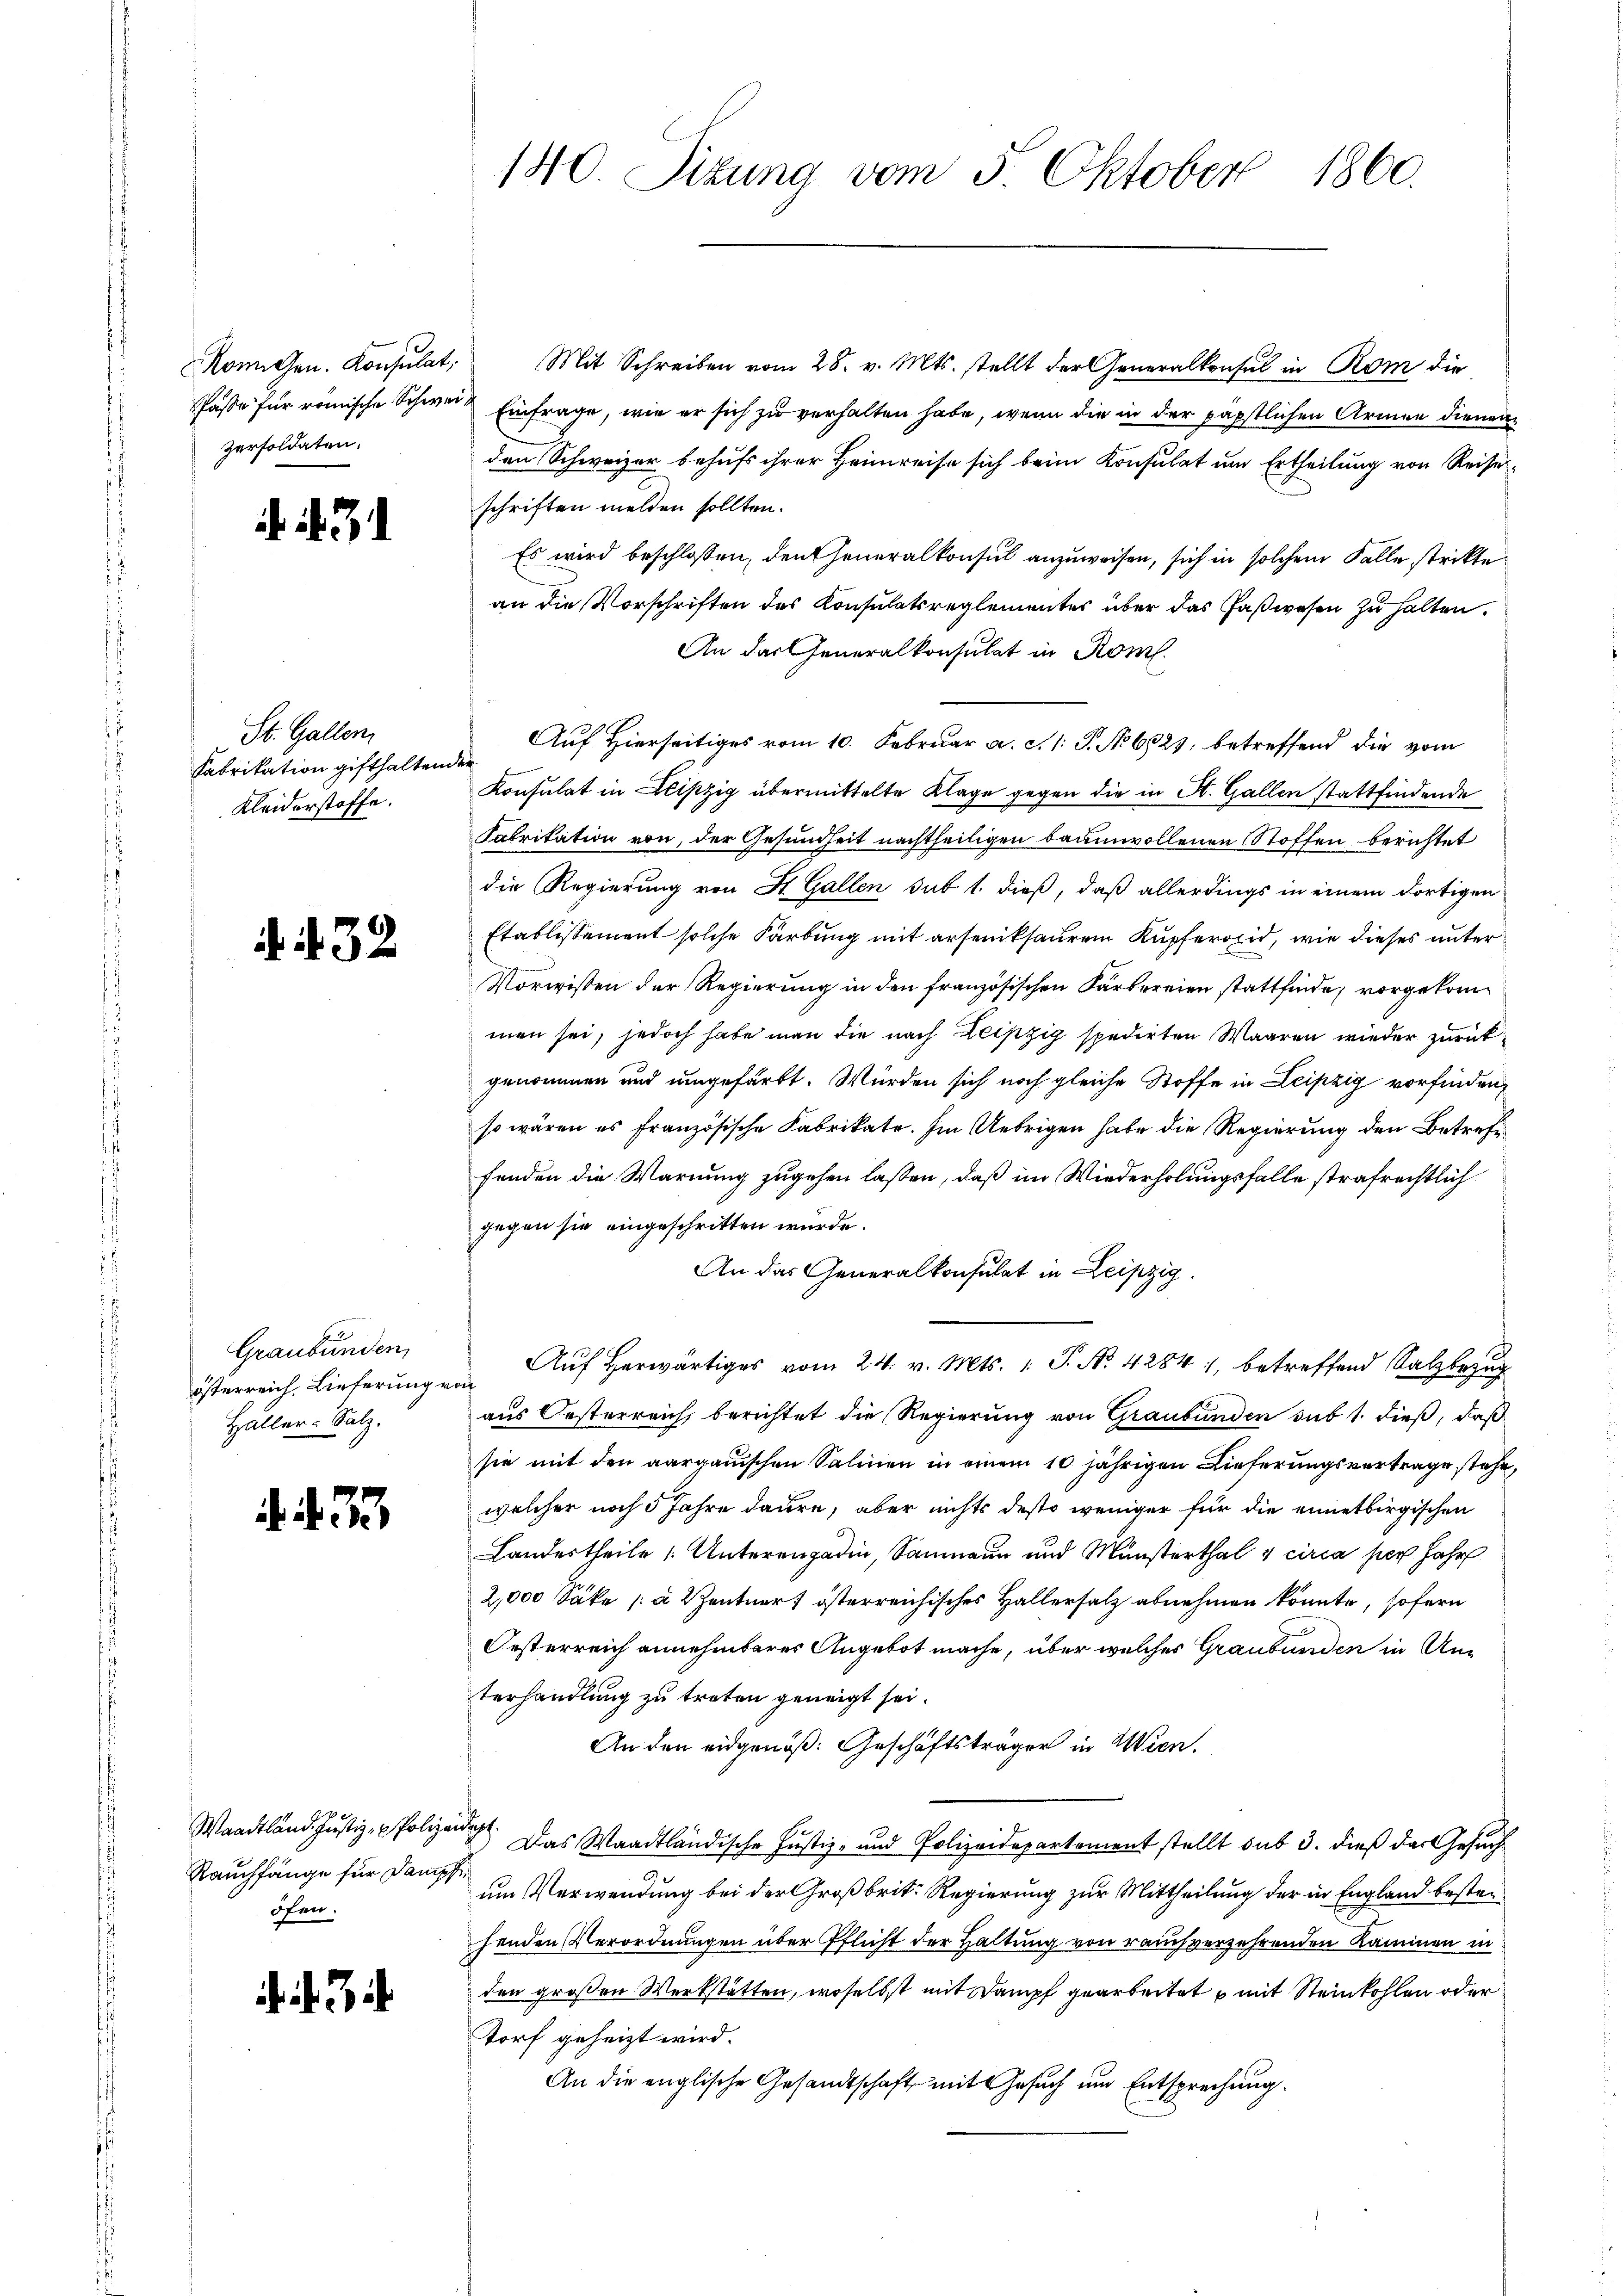
persoldaten.

31

St. Gallen,
Fabrikation gifthaltender
Kleiderstoffe.

432.

Graubünden,
Haller-Salz.

. 433

Romchen. Konsulat, Mit Schreiben vom 28. v. Mts. stellt der Generalkonsul in Rom die
Pässe für römische Schweiz Einfrage, wie er sich zu verhalten habe, wenn die in der päpstlichen Armen dienen
den Schweizer behufs ihrer Heimreise sich beim Konsulat um Ertheilung von Reise
schriften melden sollten.
Es wird beschlossen, den Generalkonsul anzuweisen, sich in solchem Falle strikte
an die Vorschriften des Konsulatsreglementer über das Faßwesen zu halten.
An das Generalkonsulat in Rom.
Auf Hierseitiges vom 10. Februar a. c. 1 P. No 6823, betreffend die vom
Konsulat in Leipzig übermittelte Klage gegen die in A. Gallen stattfindende
Fabrikation von der Gesundheit nachtheiligen baumwollenen Stoffen berichtet
die Regierung von St. Gallen sub 1. dieß, daß allerdings in einem dortigen
Etablissement solche Karbung mit erseniksauren Kupferoid, wie dieses unter
Vorwissen der Regierung in den französischen Färbereien stattfinde, vorgekommen sei, jedoch habe man die nach Leipzig spedirten Waaren wieder zurückgenommen und umgefärbt. Würden sich noch gleiche Stoffe in Leipzig vorfinden,
so wären es französische Fabrikate. Im Uebrigen habe die Regierung den Betreffenden die Warnung zugehen lassen, daß im Wiederholungsfalle strafrechtlich
gegen sie eingeschritten würde.
An das Generalkonsulat in Leipzig.
österreich. Lieferungen Aŭf herwärtig vom 24. v. Mts. 1. P. Nr. 42841, betreffend Salzbezug
aus Oesterreich, berichtet die Regierung von Graubünden sub 1. dieß, daß
sie mit den aargauischen Salinen in einem 10 jährigen Lieferungsvertrage stehe,
welcher noch 5 Jahre daure, aber nichts desto weniger für die einetbirgischen
Landertheile Unterengadin, Saumann und Münsterthal & circa per Jahr
2,000 Säke (à 2 Zentner österreichisches Hallersalz abnehmen könnte, sofern
Orsterreich annehmbares Angebot mache, über welches Graubünden in Unterhandlung zu treten geneigt sei.
An den eidgenöß: Geschäftsträger in Wien.
Waadtländ. Justiz- & Polizeidigt. Das Waadtländische Justiz- und Polizeidepartement stellt sub 3. dieß das Gesuch
um Verwendung bei der Großbrit: Regierung zur Mittheilung der in England besterhenden Verordnungen über Pflicht der Haltung von rauch verzehrenden Kammen in
den großen Werkstatten, woselbst mit Dampf gearbeitet mit Steinkohlen oder
Torf geheizt wird.
An die englische Gesandtschaft mit Gesuch um Entsprechung.

Rauchfänge für Dampfer
öfen.

140. Sitzung vom 5. Oktober 1860.